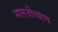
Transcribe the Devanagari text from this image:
भालजींच्याच